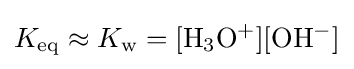
K_{\rm {eq}}\approx K_{\rm {w}}=[{\rm {H_{3}O^{+}}}][{\rm {OH^{-}}}]